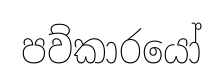
පව්කාරයෝ